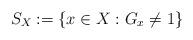
LaTeX: \begin{align*}S_X:= \{ x \in X: G_x \neq 1\}\end{align*}